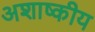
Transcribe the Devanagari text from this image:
अशाष्कीय